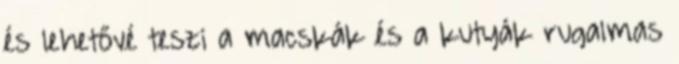
és lehetővé teszi a macskák és a kutyák rugalmas